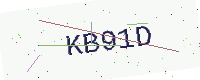
Text: KB91D